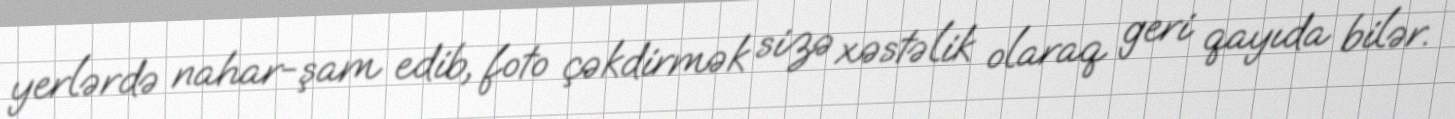
yerlərdə nahar-şam edib, foto çəkdirmək sizə xəstəlik olaraq geri qayıda bilər.